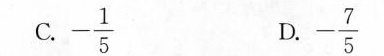
C. - \frac{1}{5} D. - \frac{7}{5}